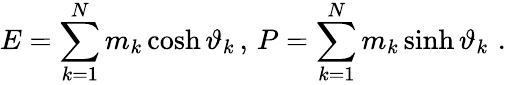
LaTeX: E=\sum_{k=1}^{N}m_{k}\cosh\vartheta_{k}\, ,\, P=\sum_{k=1}^{N}m_{k}\sinh\vartheta_{k}\, \, .